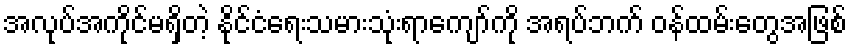
အလုပ်အကိုင်မရှိတဲ့ နိုင်ငံရေးသမားသုံးရာကျော်ကို အရပ်ဘက် ဝန်ထမ်းတွေအဖြစ်